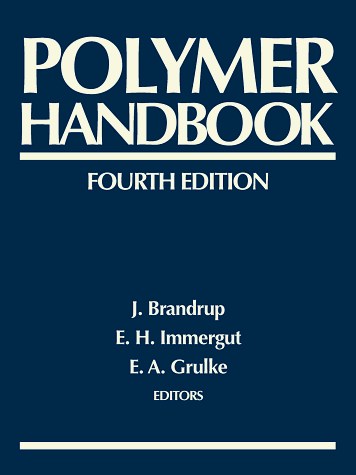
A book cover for Polymer Handbook; Science & Math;